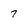
Character: 7